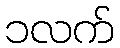
၁လက်